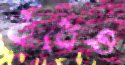
বাঁধেও